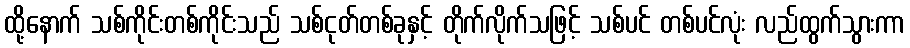
ထို့နောက် သစ်ကိုင်းတစ်ကိုင်းသည် သစ်ငုတ်တစ်ခုနှင့် တိုက်လိုက်သဖြင့် သစ်ပင် တစ်ပင်လုံး လည်ထွက်သွားကာ